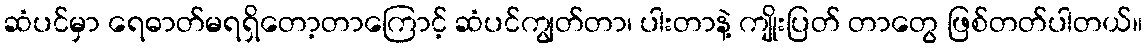
ဆံပင်မှာ ရေဓာတ်မရရှိတော့တာကြောင့် ဆံပင်ကျွတ်တာ၊ ပါးတာနဲ့ ကျိုးပြတ် တာတွေ ဖြစ်တတ်ပါတယ်။